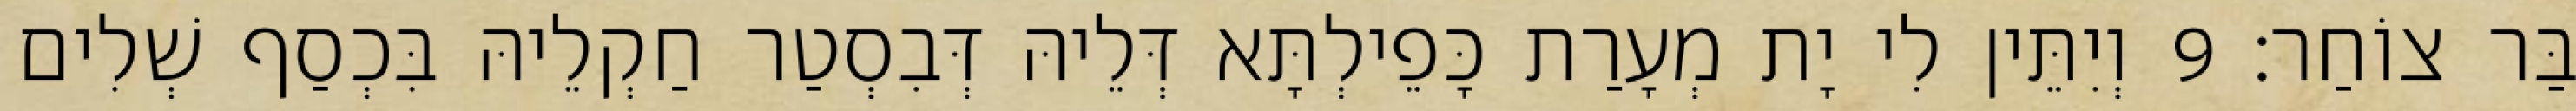
בַּר צוֹחַר׃ 9 וְיִתֵּין לִי יָת מְעָרַת כָּפֵילְתָּא דְּלֵיהּ דְּבִסְטַר חַקְלֵיהּ בִּכְסַף שְׁלִים